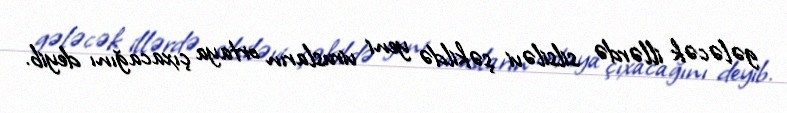
gələcək illərdə silsiləvi şəkildə yeni virusların ortaya çıxacağını deyib.